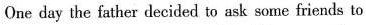
One day the father decided to ask some friends to